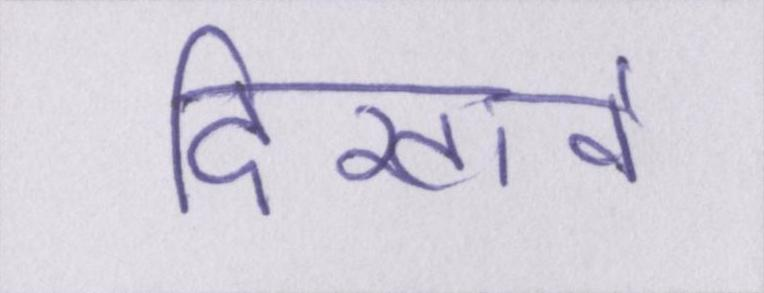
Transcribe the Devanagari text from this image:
दिखावे